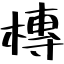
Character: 槫